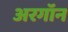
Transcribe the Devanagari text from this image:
अरगॉन